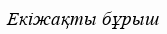
Екіжақты бұрыш